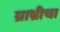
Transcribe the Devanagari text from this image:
ग्राभ्रीचा